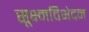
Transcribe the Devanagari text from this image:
सूक्ष्मविभेदन